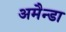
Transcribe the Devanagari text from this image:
अमैन्डा